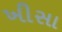
ખીસા